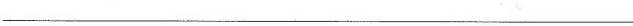
___